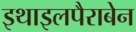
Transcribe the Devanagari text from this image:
इथाइलपैराबेन